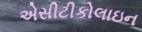
એસીટીકોલાઇન